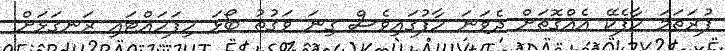
ފުރަތަމަ ހާފެކޭ އެއްގޮތަށް ދެވަނަ ހާފުގައިވެސް ގިނަ ވަގުތު ބޯޅަ ހިފަހައްޓައި ރަނގަޅަށް